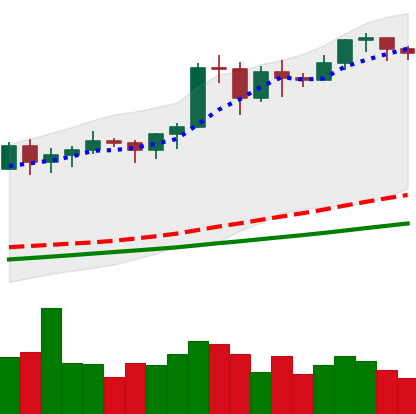
Ticker: BTC-USD
Chart end date: 2020-11-15
Forward return: 16.707%
Label: up_7plus